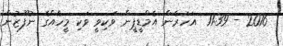
2016 - 11:39  އަހަރެން އެމްޑީޕީން ވަކިވީ ވަކި މީހެއްގެ ނުފޫޒުން